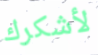
لأشكرك